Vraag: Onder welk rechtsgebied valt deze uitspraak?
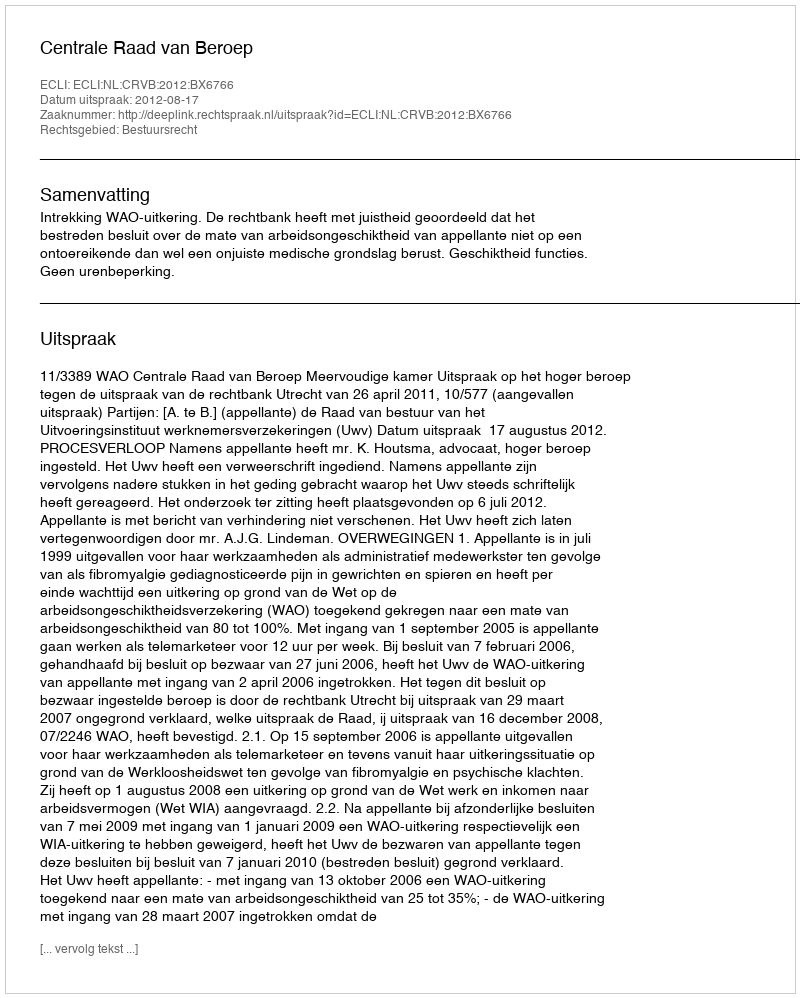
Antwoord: Bestuursrecht